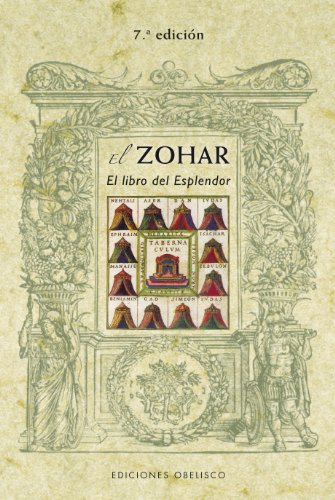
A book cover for El zohar. Libro del esplendor (Coleccion Cabala y Judaismo) (Spanish Edition); Shimon Bar Iojai; Religion & Spirituality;